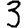
Digit: 3